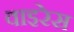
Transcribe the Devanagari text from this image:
वाइरेस